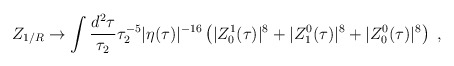
\begin{align*}Z_{1/R}\to \int \frac{d^2\tau}{\tau_2}\tau_2^{-5}|\eta(\tau)|^{-16} \left( |Z^1_0(\tau)|^8+|Z^0_1(\tau)|^8+|Z^0_0(\tau)|^8 \right)\ , \end{align*}